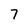
Character: 7